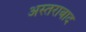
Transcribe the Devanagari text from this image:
अस्तराबाद